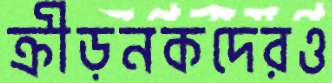
ক্রীড়নকদেরও